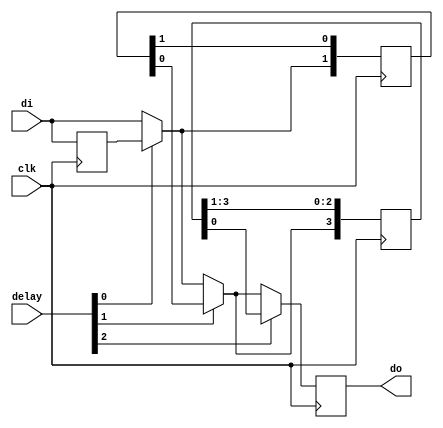
/*
 * hbus_dline.v
 *
 * vim: ts=4 sw=4
 *
 * Copyright (C) 2020-2021  Sylvain Munaut <tnt@246tNt.com>
 * SPDX-License-Identifier: CERN-OHL-P-2.0
 */

`default_nettype none

module hbus_dline #(
	parameter integer N = 3
)(
	input  wire di,
	output reg  do,
	input  wire [N-1:0] delay,
	input  wire clk
);

	genvar i;

	// Signals
	wire [N:0] stage;

	// First stage input
	assign stage[0] = di;

	// Generate delays
	generate
		for (i=0; i<N; i=i+1)
		begin
			// Delay line
			reg [(1<<i)-1:0] d;

			if (i == 0)
				always @(posedge clk)
					d <= stage[i];
			else
				always @(posedge clk)
					d <= { stage[i], d[(1<<i)-1:1] };

			// Mux
			assign stage[i+1] = delay[i] ? d[0] : stage[i];
		end
	endgenerate

	// Final register
	always @(posedge clk)
		do <= stage[N];

endmodule